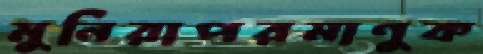
মুনিরাপরমাণুক